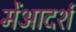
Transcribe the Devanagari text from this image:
मेंआदर्श